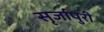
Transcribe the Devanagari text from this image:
सृर्जापुरी